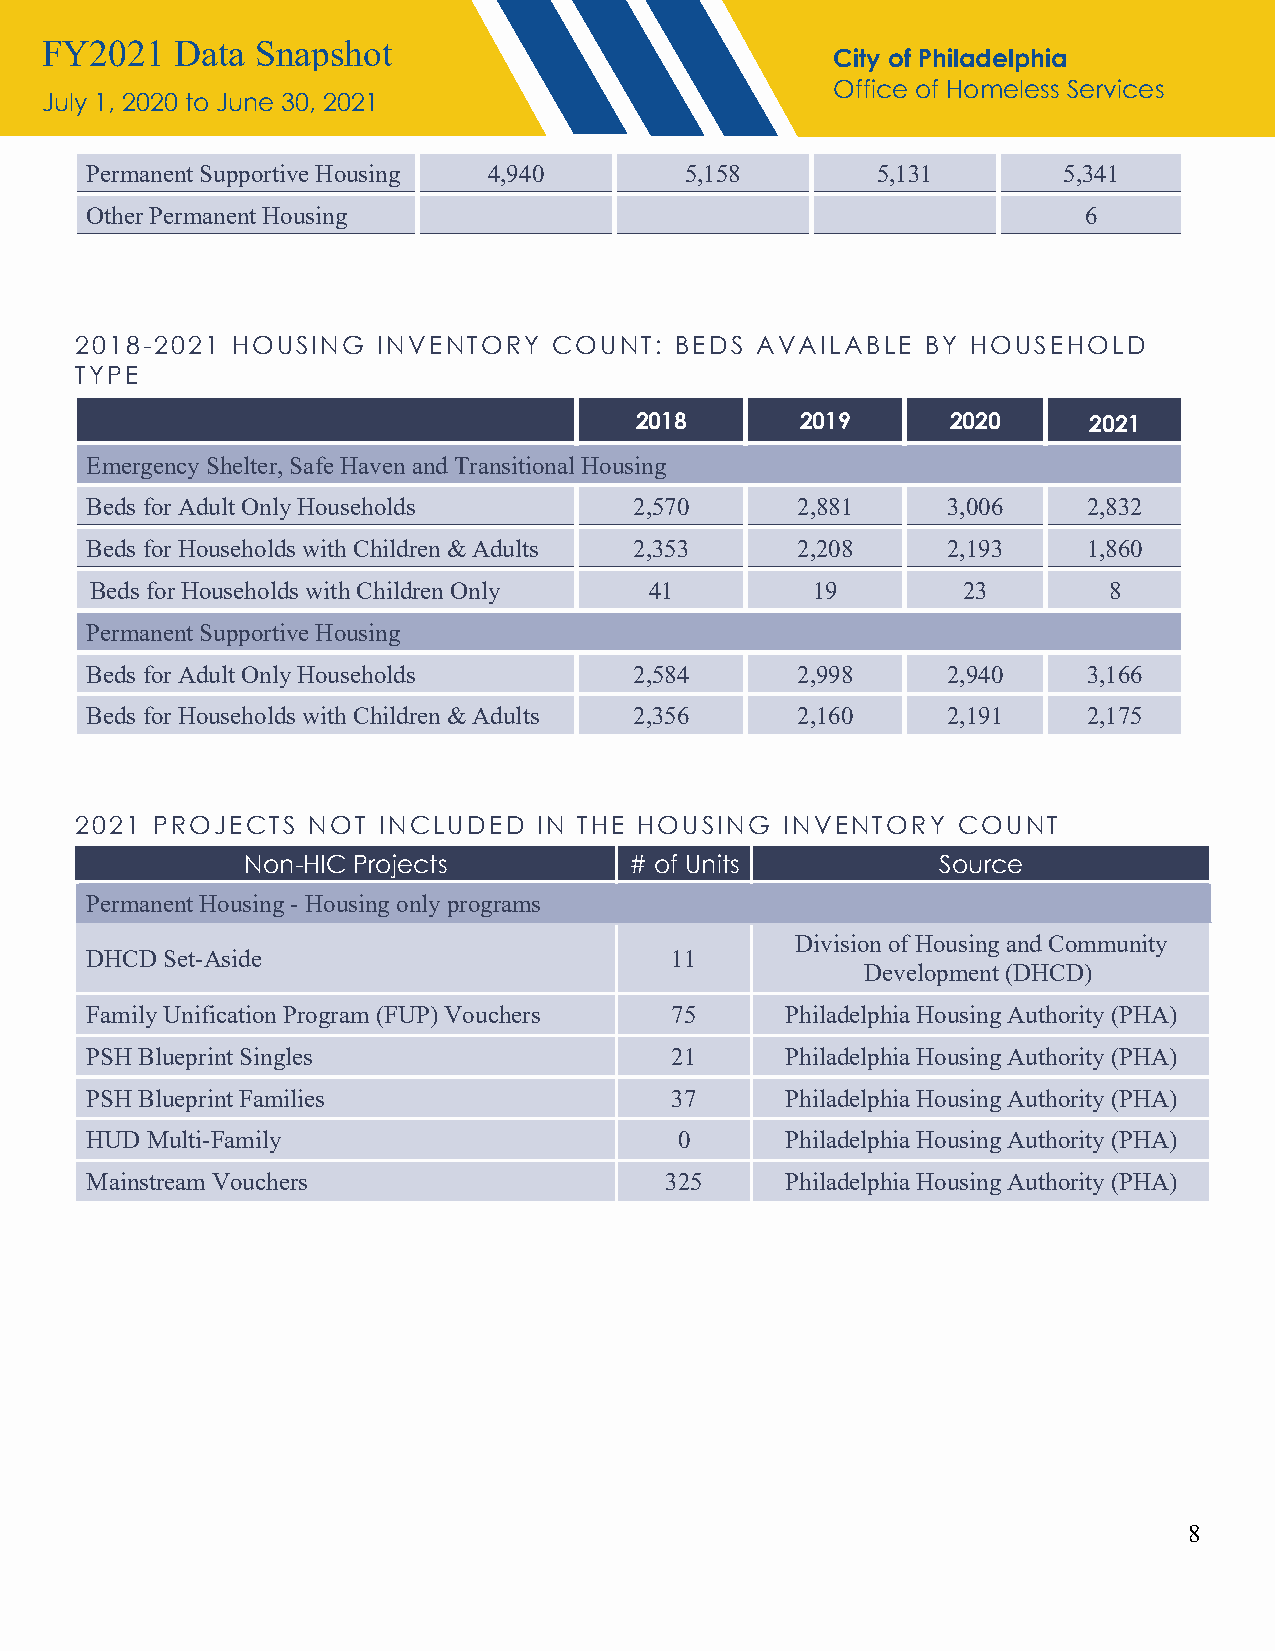
FY2021   Data Snapshot
 City of Philadelphia
 Office of Homeless Services
 July 1, 2020 to June 30, 2021
 Permanent Supportive Housing 4,940     5,158        5,131       5,341
 Other Permanent Housing                                           6
 2018- 2021 HOUSING  INVENTORY   COUNT:  BEDS AVAILABLE  BY HOUSEHOLD
 TYPE
 2018       2019      2020     2021
 Emergency Shelter, Safe Haven and Transitional Housing
 Beds for Adult Only Households      2,570      2,881     3,006    2,832
 Beds for Households with Children & Adults 2,353 2,208   2,193    1,860
 Beds for Households with Children Only 41       19        23       8
 Permanent Supportive Housing
 Beds for Adult Only Households      2,584      2,998     2,940    3,166
 Beds for Households with Children & Adults 2,356 2,160   2,191    2,175
 2021 PROJECTS  NOT  INCLUDED   IN THE HOUSING  INVENTORY  COUNT
 Non-HIC Projects          # of Units          Source
 Permanent Housing - Housing only programs
 Division of Housing and Community
 DHCD Set-Aside                        11
 Development (DHCD)
 Family Unification Program (FUP) Vouchers 75  Philadelphia Housing Authority (PHA)
 PSH Blueprint Singles                 21      Philadelphia Housing Authority (PHA)
 PSH Blueprint Families                37      Philadelphia Housing Authority (PHA)
 HUD Multi-Family                       0      Philadelphia Housing Authority (PHA)
 Mainstream Vouchers                   325     Philadelphia Housing Authority (PHA)
 8